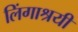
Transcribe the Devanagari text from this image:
लिंगाश्रयी